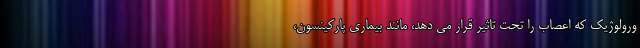
ورولوژیک که اعصاب را تحت تاثیر قرار می دهد، مانند بیماری پارکینسون،